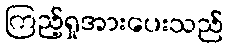
ကြည့်ရှုအားပေးသည်